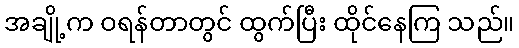
အချို့က ဝရန်တာတွင် ထွက်ပြီး ထိုင်နေကြ သည်။